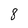
Character: 8